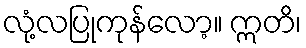
လုံ့လပြုကုန်လော့။ ဣတိ၊